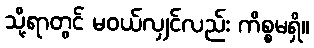
သို့ရာတွင် မဝယ်လျှင်လည်း ကိစ္စမရှိ။